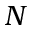
N